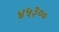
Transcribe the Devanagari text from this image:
४५३००